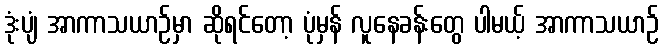
ဒုံးပျံ အာကာသယာဉ်မှာ ဆိုရင်တော့ ပုံမှန် လူနေခန်းတွေ ပါမယ့် အာကာသယာဉ်